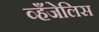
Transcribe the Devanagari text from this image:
व्हँजेलिस